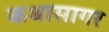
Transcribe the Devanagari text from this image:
कथासागर